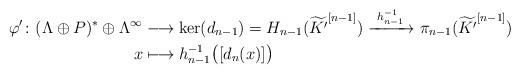
LaTeX: \begin{align*} \varphi^{\prime} \colon ( \Lambda \oplus P)^{\ast} \oplus \Lambda^{\infty} &\longrightarrow \ker(d_{n-1}) = H_{n-1}(\widetilde{K'}^{[n-1]}) \xrightarrow[]{\ h_{n-1}^{-1} \ } \pi_{n-1}(\widetilde{K'}^{[n-1]})\\ x & \longmapsto h_{n-1}^{-1} \big( [d_{n}(x)] \big)\end{align*}